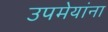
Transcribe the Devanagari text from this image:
उपमेयांना